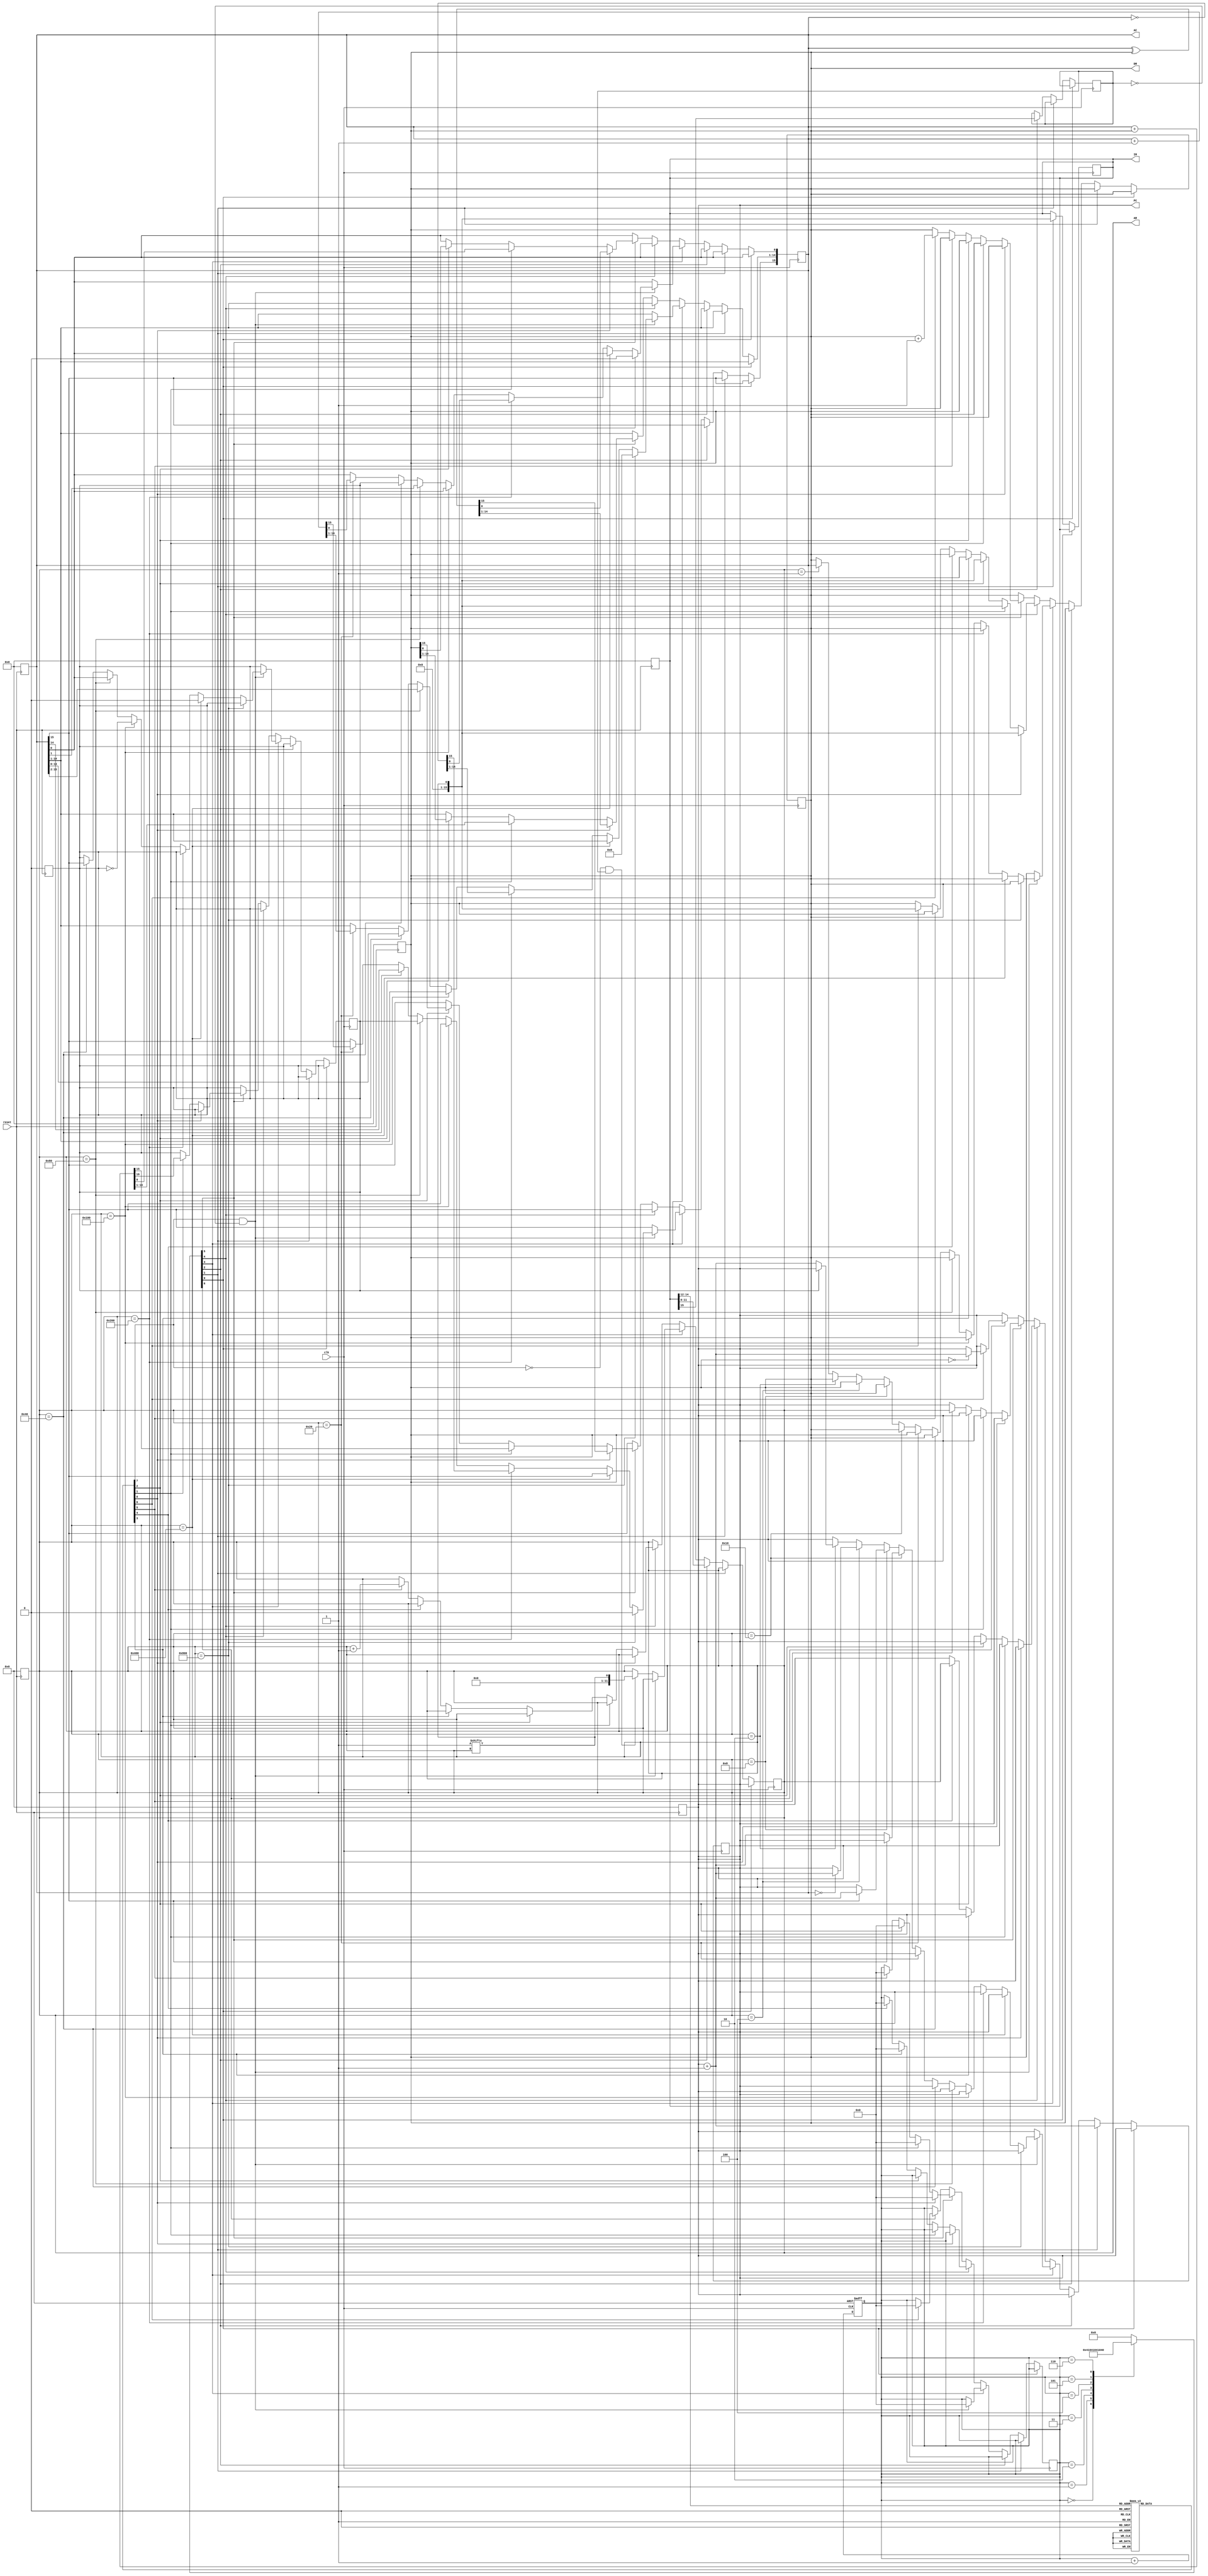
module cpu(clk, reset, DR, AC, IR, AR, PC);

input clk, reset;

output reg [15:0] DR, AC, IR;
output reg [11:0] AR, PC;

reg [3:0] sc;    //Sequence Counter
reg [15:0] T;    //output of decoder for Sequence Counter
reg [7:0] D;     //output of decoder for OPCODE
reg I;           //flipflop for IR[15]
reg E;           //register

integer j;

always @ (negedge reset) begin  //reset
    if(!reset) begin
        DR <= 0;                //register reset
        AC <= 0;
        IR <= 0;
        AR <= 0;
        PC <= 0;
        E  <= 0;
        for(j = 0; j < 4096; j = j + 1) begin   //SRAM reset
            sync_sram.mem[j] <= 4'h0000;
        end
    end
end

always @ (posedge clk or negedge reset) begin   //Sequence counter
    if(!reset) begin
        sc <= 0;
    end
    else begin
        sc <= sc + 4'b0001;
    end
end

always @ (sc) begin  //4 to 16 decoder for SC
    case(sc)
        4'b0000: T <= 16'b0000_0000_0000_0001;    //t0
        4'b0001: T <= 16'b0000_0000_0000_0010;    //t1
        4'b0010: T <= 16'b0000_0000_0000_0100;    //t2
        4'b0011: T <= 16'b0000_0000_0000_1000;    //t3
        4'b0100: T <= 16'b0000_0000_0001_0000;    //t4
        4'b0101: T <= 16'b0000_0000_0010_0000;    //t5
        4'b0110: T <= 16'b0000_0000_0100_0000;    //t6
        default: T <= 16'b0000_0000_0000_0000;
    endcase
end

always @ (IR) begin    //3 to 8 decoder for opcode
    case(IR[14:12])
        3'b000: D <= 8'b0000_0001;      //D0
        3'b001: D <= 8'b0000_0010;
        3'b010: D <= 8'b0000_0100;
        3'b011: D <= 8'b0000_1000;
        3'b100: D <= 8'b0001_0000;
        3'b101: D <= 8'b0010_0000;
        3'b110: D <= 8'b0100_0000;
        3'b111: D <= 8'b1000_0000;      //D7
        default: D <= 8'b0000_0000;
    endcase
end

always @ (posedge clk) begin
    if(T[0] == 1) begin            //t0
        AR <= PC;
    end
    else if(T[1] == 1) begin       //t1
        IR <= sync_sram.mem[AR];
        PC <= PC + 3'h001;
    end
    else if(T[2] == 1) begin       //t2
        AR <= IR[11:0];
        I <= IR[15];
    end
    else if(T[3] == 1) begin       //t3
        if(D[7] == 1 && I == 0) begin    //I'D7: register-reference instruction
            if(AR == 12'b1000_0000_0000) begin        //CLA
                AC <= 0;
            end
            else if(AR == 12'b0100_0000_0000) begin   //CLE
                E <= 0;
            end
            else if(AR == 12'b0010_0000_0000) begin   //CMA
                AC <= ~AC;
            end
            else if(AR == 12'b0001_0000_0000) begin   //CME
                E <= ~E;
            end
            else if(AR == 12'b0000_1000_0000) begin   //CIR
                AC <= AC >> 1;
                AC[15] <= E;
                E <= AC[0];
            end
            else if(AR == 12'b0000_0100_0000) begin   //CIL
                AC <= AC << 1;
                AC[0] <= E;
                E <= AC[15];
            end
            else if(AR == 12'b0000_0010_0000) begin   //INC
                AC <= AC + 16'b0000_0000_0000_0001;
            end
            else if(AR == 12'b0000_0001_0000) begin   //SPA
                if(AC[15] == 0)
                    PC <= PC + 1;
            end
            else if(AR == 12'b0000_0000_1000) begin   //SNA
                if(AC[15] == 1)
                    PC <= PC + 1;
            end
            else if(AR == 12'b0000_0000_0100) begin   //SZA
                if(AC == 0)
                    PC <= PC + 1;
            end
            else if(AR == 12'b0000_0000_0010) begin   //SZE
                if(E == 0)
                    PC <= PC + 1;
            end
            else if(AR == 12'b0000_0000_0001) begin   //MOV
                DR <= AC;
            end
            sc <= 0;      //reset sc at end of register-reference instruction
        end
        else if(D[7] == 0 && I == 1) begin                //D7'IT3: indirect address
            AR <= sync_sram.mem[AR];
        end
    end
    else if(T[4] == 1) begin                 //T4, memory-reference instruction
        if(D[0] == 1) begin                  //AND
            DR <= sync_sram.mem[AR];
        end
        else if(D[1] == 1) begin             //ADD
            DR <= sync_sram.mem[AR];
        end
        else if(D[2] == 1) begin             //LDA
            DR <= sync_sram.mem[AR];
        end
        else if(D[3] == 1) begin             //STA
            sync_sram.mem[AR] <= AC;
            sc <= 0;
        end
        else if(D[4] == 1) begin             //BUN
            PC <= AR;
            sc <= 0;
        end
        else if(D[5] == 1) begin             //BSA
            sync_sram.mem[AR] <= {0, PC};
            AR <= AR + 1;
        end
        else if(D[6] == 1) begin             //ISZ
            DR <= sync_sram.mem[AR];
        end
    end
    else if(T[5] == 1) begin                 //T5
        if(D[0] == 1) begin                  //AND
            AC <= AC ^ DR;
            sc <= 0;
        end
        else if(D[1] == 1) begin             //ADD
            {E, AC} <= AC + DR;
            sc <= 0;
        end
        else if(D[2] == 1) begin             //LDA
            AC <= DR;
            sc <= 0;
        end
        else if(D[5] == 1) begin             //BSA
            PC <= AR;
            sc <= 0;
        end
        else if(D[6] == 1) begin             //ISZ
            DR <= DR + 1;
        end
    end
    else if(T[6] == 1) begin                 //T6
        if(D[6] == 1) begin             //ISZ
            sync_sram.mem[AR] <= DR;
            if(DR == 0) begin
                PC <= PC + 1;
            end
            sc <= 0;
        end
    end
end

endmodule